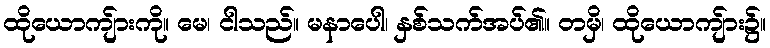
ထိုယောကျ်ားကို။ မေ၊ ငါသည်။ မနာပေါ၊ နှစ်သက်အပ်၏။ တမှိ၊ ထိုယောကျ်ား၌။